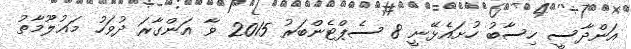
އަންދާސީ ހިސާބު ހުށައެޅޭނީ 8 ސެޕްޓެންބަރު 2015 ވާ އަންގާރަ ދުވަހު މަޢުލޫމާތު